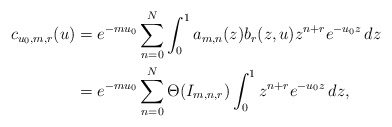
\begin{align*}c_{u_0,m,r}(u)&=e^{-mu_0}\sum_{n=0}^N\int_0^1a_{m,n}(z)b_r(z,u)z^{n+r}e^{-u_0z}\,dz\\&=e^{-mu_0}\sum_{n=0}^N\Theta(I_{m,n,r})\int_0^1z^{n+r}e^{-u_0z}\,dz,\end{align*}